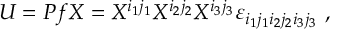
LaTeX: U = P f X = X ^ { i _ { 1 } j _ { 1 } } X ^ { i _ { 2 } j _ { 2 } } X ^ { i _ { 3 } j _ { 3 } } \varepsilon _ { i _ { 1 } j _ { 1 } i _ { 2 } j _ { 2 } i _ { 3 } j _ { 3 } } ~ ,